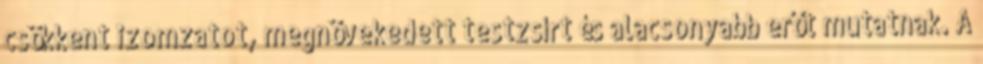
csökkent izomzatot, megnövekedett testzsírt és alacsonyabb erőt mutatnak. A